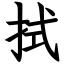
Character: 拭